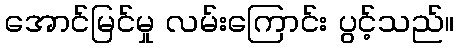
အောင်မြင်မှု လမ်းကြောင်း ပွင့်သည်။